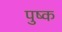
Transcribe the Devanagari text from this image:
पुष्क